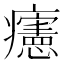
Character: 𤼂